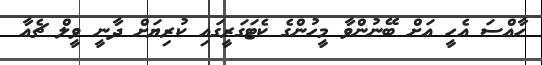
ހާއްސަ އެހީ އަށް ބޭނުންވާ މީހުންގެ ކެޓަގަރީގައި ކުރިޔަށް ދާނީ ވީލް ޗެއާ